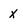
Character: x